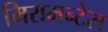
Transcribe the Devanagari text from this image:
मिरामन्टेस